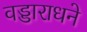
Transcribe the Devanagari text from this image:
वड्डाराधने